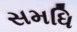
સમધિ